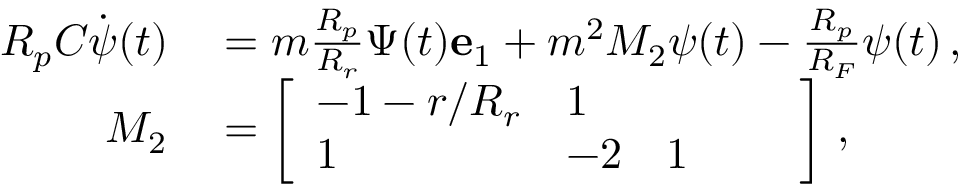
\begin{array} { r l } { R _ { p } C \dot { \boldsymbol { \psi } } ( t ) } & { { } = m \frac { R _ { p } } { R _ { r } } \Psi ( t ) \mathbf { e } _ { 1 } + m ^ { 2 } M _ { 2 } \boldsymbol { \psi } ( t ) - \frac { R _ { p } } { R _ { F } } \boldsymbol { \psi } ( t ) \, , } \\ { M _ { 2 } } & { { } = \left[ \begin{array} { l l l l l } { - 1 - r / R _ { r } } & { 1 } & { } & { } & { } \\ { 1 } & { - 2 } & { 1 } & { } & { } \end{array} \right] \, , } \end{array}